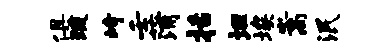
俱琉峙壬蒲括坦埃嵩泯